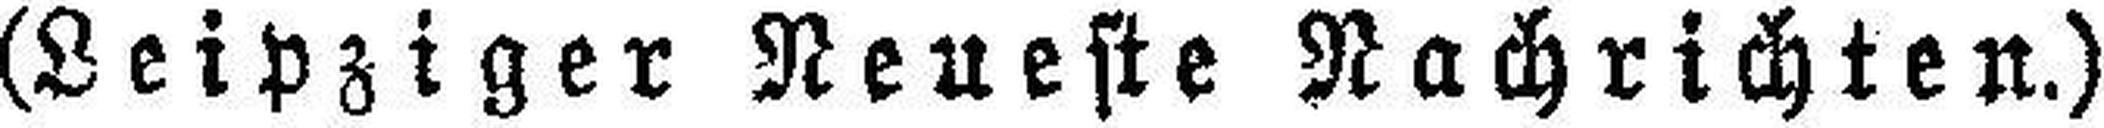
(Leipziger Neueste Nachrichten.)